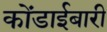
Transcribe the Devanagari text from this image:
कोंडाईबारी